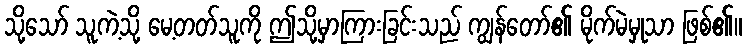
သို့သော် သူကဲ့သို့ မေ့တတ်သူကို ဤသို့မှာကြားခြင်းသည် ကျွန်တော်၏ မိုက်မဲမှုသာ ဖြစ်၏။